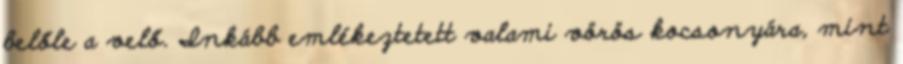
belőle a velő. Inkább emlékeztetett valami vörös kocsonyára, mint